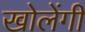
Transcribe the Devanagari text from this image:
खोलेंगी